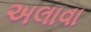
અલાવા